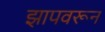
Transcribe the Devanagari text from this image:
झापवरून